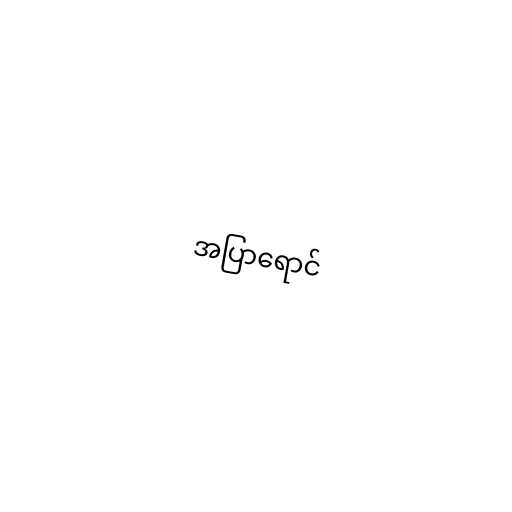
အပြာရောင်